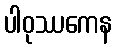
ပါဝုဿကေန